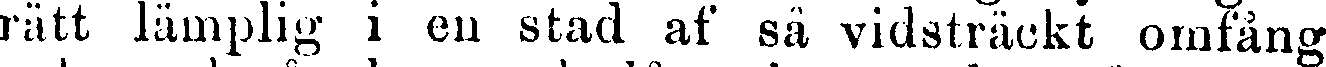
rätt lämplig i en stad af så vidsträckt omfång